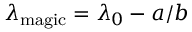
\lambda _ { \mathrm { m a g i c } } = \lambda _ { 0 } - a / b